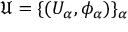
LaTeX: { \mathfrak { U } } = \{ ( U _ { \alpha } , \phi _ { \alpha } ) \} _ { \alpha }